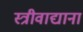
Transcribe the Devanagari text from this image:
स्त्रीवाद्याना